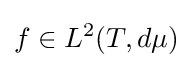
f\in L^{2}(T,d\mu )